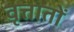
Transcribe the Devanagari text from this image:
वृत्तातों